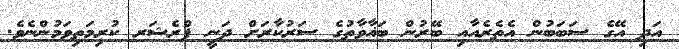
އަދި އޭގެ ސަބަބުން އެތެރެއާއި ބޭރުން ބަޣާވާތުގެ ސަރުކާރަށް ދަނީ ޕްރެޝަރ ކުރިމަތިވަމުންނެވެ.